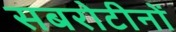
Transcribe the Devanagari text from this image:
सबरोटीनों